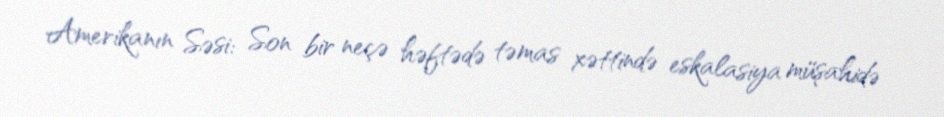
Amerikanın Səsi: Son bir neçə həftədə təmas xəttində eskalasiya müşahidə